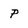
Character: p